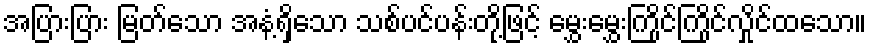
အပြားပြား မြတ်သော အနံ့ရှိသော သစ်ပင်ပန်းတို့ဖြင့် မွှေးမွှေးကြိုင်ကြိုင်လှိုင်ထသော။